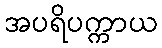
အပရိပက္ကာယ